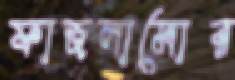
ফাজলামোর